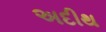
અદીથ